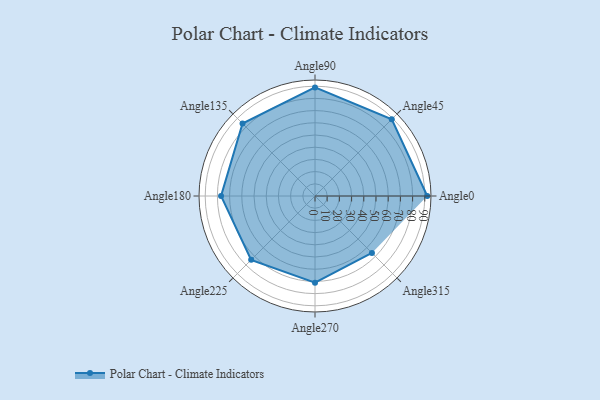
{"axis": {"x": "Angle", "y": "Radius"}, "legend": [""], "data": [{"x": "Angle0", "y": 92.0, "type": ""}, {"x": "Angle45", "y": 89.0, "type": ""}, {"x": "Angle90", "y": 89.0, "type": ""}, {"x": "Angle135", "y": 84.0, "type": ""}, {"x": "Angle180", "y": 77.0, "type": ""}, {"x": "Angle225", "y": 74.0, "type": ""}, {"x": "Angle270", "y": 71.0, "type": ""}, {"x": "Angle315", "y": 66.0, "type": ""}]}